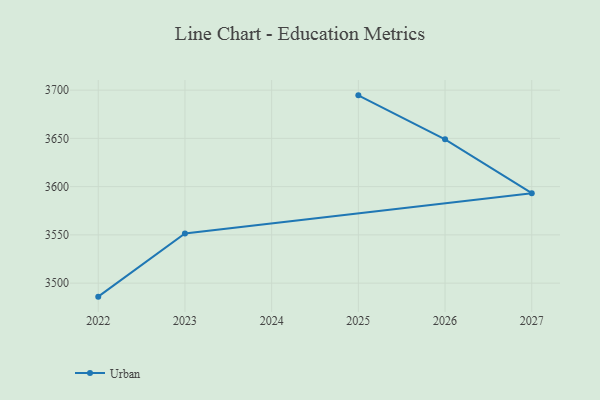
{"axis": {"x": "Year", "y": "Production Output"}, "legend": ["Urban"], "data": [{"x": "2022", "y": 3486.0, "type": "Urban"}, {"x": "2023", "y": 3551.5, "type": "Urban"}, {"x": "2027", "y": 3593.2, "type": "Urban"}, {"x": "2026", "y": 3649.0, "type": "Urban"}, {"x": "2025", "y": 3694.6, "type": "Urban"}]}